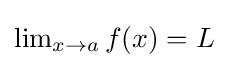
{\textstyle \lim _{x\to a}f(x)=L}